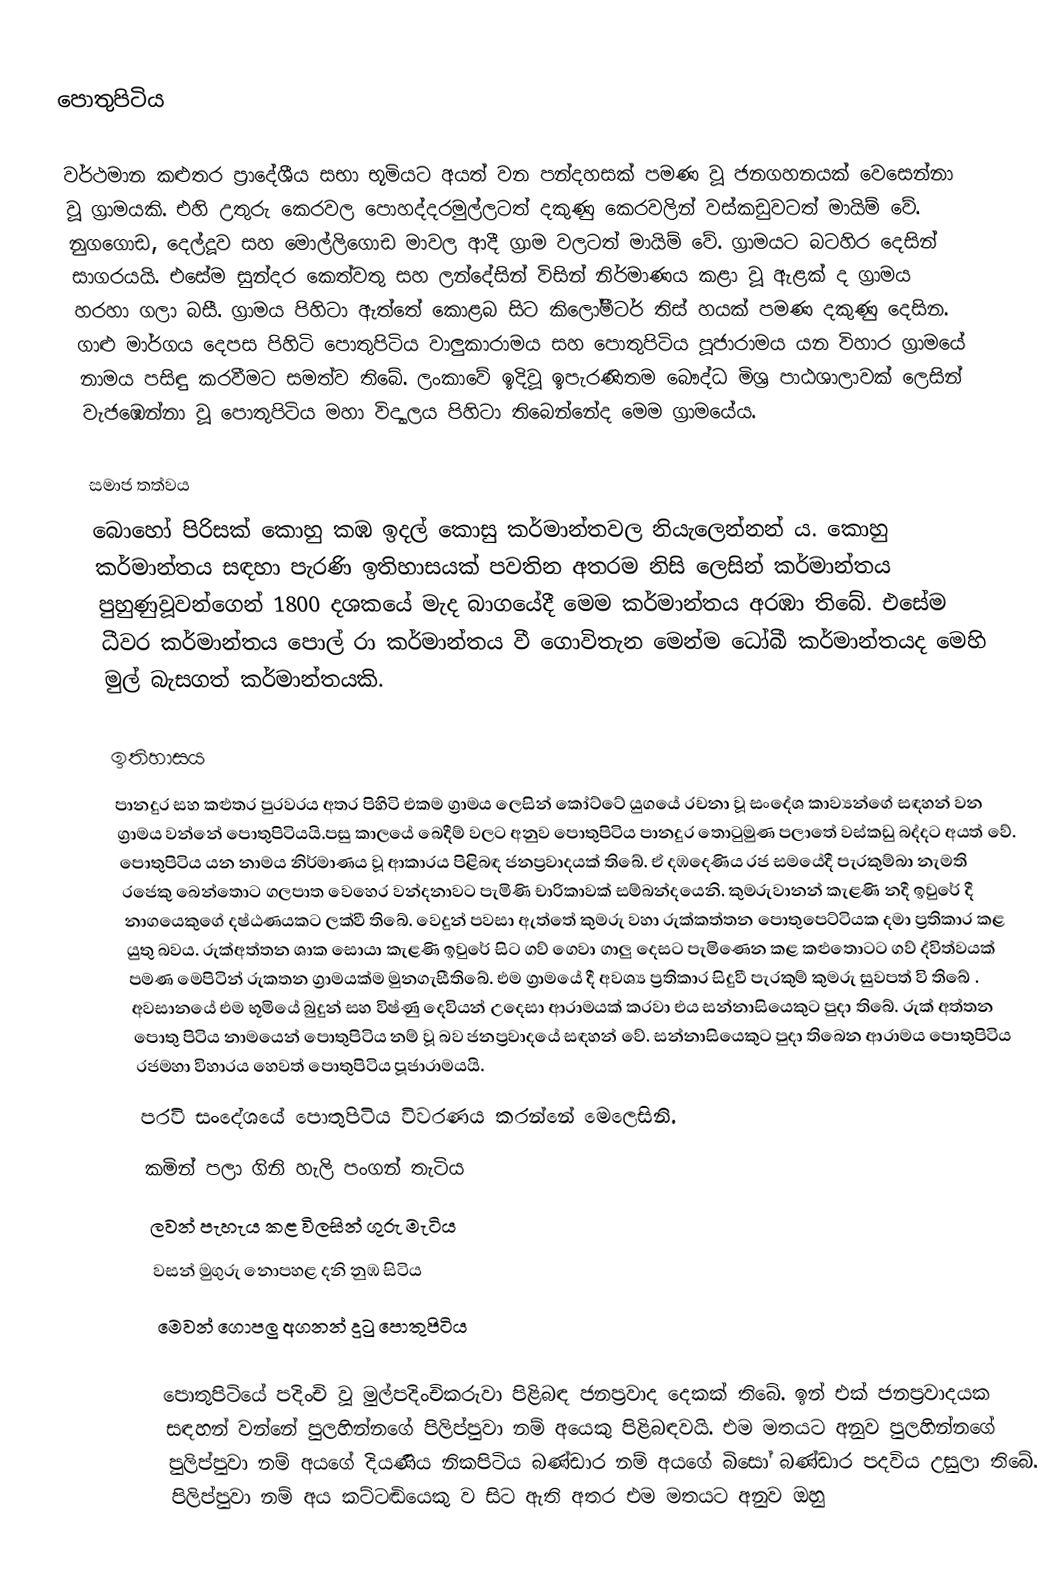
පොතුපිටිය

වර්ථමාන කළුතර ප්‍රාදේශීය සභා භූමියට අයත් වන පන්දහසක් පමණ වූ ජනගහනයක් වෙසෙන්නා වූ ග්‍රාමයකි. එහි උතුරු කෙරවල පොහද්දරමුල්ලටත් දකුණු කෙරවලින් වස්කඩුවටත් මායිම් වේ. නුගගොඩ, දෙල්දූව සහ මොල්ලිගොඩ මාවල ආදී ග්‍රාම වලටත් මායිම් වේ. ග්‍රාමයට බටහිර දෙසින් සාගරයයි. එසේම සුන්දර කෙත්වතු සහ ලන්දේසින් විසින් නිර්මාණය කළා වූ ඇළක් ද ග්‍රාමය හරහා ගලා බසී. ග්‍රාමය පිහිටා ඇත්තේ කොළබ සිට කිලෝමීටර් තිස් හයක් පමණ දකුණු දෙසින. ගාළු මාර්ගය දෙපස පිහිටි පොතුපිටිය වාලුකාරාමය සහ පොතුපිටිය පූජාරාමය යන විහාර ග්‍රාමයේ නාමය පසිඳු කරවීමට සමත්ව තිබේ. ලංකාවේ ඉදිවූ ඉපැරණිතම බෞද්ධ මිශ්‍ර පාඨශාලාවක් ලෙසින් වැජඹෙන්නා වූ පොතුපිටිය මහා විද්‍යාලය පිහිටා තිබෙන්නේද මෙම ග්‍රාමයේය.

සමාජ තත්වය
බොහෝ පිරිසක් කොහු කඹ ඉදල් කොසු කර්මාන්තවල නියැලෙන්නන් ය. කොහු කර්මාන්තය සඳහා පැරණි ඉතිහාසයක් පවතින අතරම නිසි ලෙසින් කර්මාන්තය පුහුණුවූවන්ගෙන් 1800 දශකයේ මැද බාගයේදී මෙම කර්මාන්තය අරඹා තිබේ. එසේම ධීවර කර්මාන්තය පොල් රා කර්මාන්තය වී ගොවිතැන මෙන්ම ධෝබී කර්මාන්තයද මෙහි මුල් බැසගත් කර්මාන්තයකි.

ඉතිහාසය
පානදුර සහ කළුතර පුරවරය අතර පිහිටි එකම ග්‍රාමය ලෙසින් කෝට්ටේ යුගයේ රචනා වූ සංදේශ කාව්‍යන්ගේ සඳහන් වන ග්‍රාමය වන්නේ පොතුපිටියයි.පසු කාලයේ බෙදීම් වලට අනුව පොතුපිටිය පානදුර තොටුමුණ පලාතේ වස්කඩු බද්දට අයත් වේ. පොතුපිටිය යන නාමය නිර්මාණය වූ ආකාරය පිළිබඳ ජනප්‍රවාදයක් තිබේ. ඒ දඹදෙණිය රජ සමයේදී පැරකුම්බා නැමති රජෙකු බෙන්තොට ගලපාත වෙහෙර වන්දනාවට පැමිණි චාරිකාවක් සම්බන්දයෙනි. කුමරුවානන් කැළණි නදී ඉවුරේ දී නාගයෙකුගේ දෂ්ඨණයකට ලක්වී තිබේ. වෙදුන් පවසා ඇත්තේ කුමරු වහා රුක්කත්තන පොතුපෙට්ටියක දමා ප්‍රතිකාර කළ යුතු බවය. රුක්අත්තන ශාක සොයා කැළණි ඉවුරේ සිට ගව් ගෙවා ගාලු දෙසට පැමිණෙන කළ කළුතොටට ගව් ද්විත්වයක් පමණ මෙපිටින් රුකතන ග්‍රාමයක්ම මුනගැසීතිබේ. එම ග්‍රාමයේ දී අවශ්‍ය ප්‍රතිකාර සිදුවී පැරකුම් කුමරු සුවපත් වි තිබේ . අවසානයේ එම භූමියේ බුදුන් සහ විෂ්ණු දෙවියන් උදෙසා ආරාමයක් කරවා එය සන්නාසියෙකුට පුදා තිබේ. රුක් අත්තන පොතු පිටිය නාමයෙන් පොතුපිටිය නම් වූ බව ජනප්‍රවාදයේ සඳහන් වේ. සන්නාසියෙකුට පුදා තිබෙන ආරාමය පොතුපිටිය රජමහා විහාරය හෙවත් පොතුපිටිය පූජාරාමයයි.
පරවි සංදේශයේ පොතුපිටිය විවරණය කරන්නේ මෙලෙසිනි.
කමින් පලා ගිනි හැලි පංගන් තැටිය
ලවන් පැහැය කළ විලසින් ගුරු මැටිය
වසන් මුගුරු නොපහළ දනි නුඹ සිටිය
මෙවන් ගොපලු අගනන් දුටු පොතුපිටිය

පොතුපිටියේ පදිංචි වූ මුල්පදිංචිකරුවා පිළිබඳ ජනප්‍රවාද දෙකක් තිබේ. ඉන් එක් ජනප්‍රවාදයක සඳහන් වන්නේ පුලහින්නගේ පිලිප්පුවා නම් අයෙකු පිළිබඳවයි. එම මතයට අනුව පුලහින්නගේ පුලිප්පුවා නම් අයගේ දියණිය නිකපිටිය බණ්ඩාර නම් අයගේ බිසෝ බණ්ඩාර පදවිය උසුලා තිබේ. පිලිප්පුවා නම් අය කට්ටඬියෙකු ව සිට ඇති අතර එම මතයට අනුව ඔහු